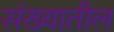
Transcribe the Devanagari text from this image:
संख्यातील